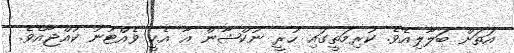
އަތަށް ބަލާލިއެވެ. ކުރިމަތީގައި ހުރީ ނުކްޝާން އާ އެކީ ވެއްޓުނު ކުއްޖާއެވެ.